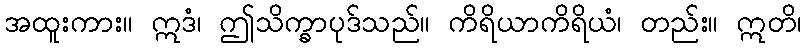
အထူးကား။ ဣဒံ၊ ဤသိက္ခာပုဒ်သည်။ ကိရိယာကိရိယံ၊ တည်း။ ဣတိ၊